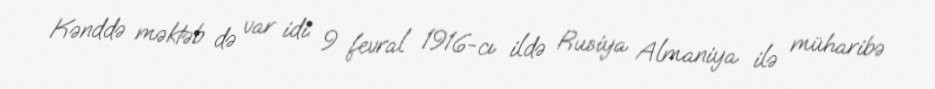
Kənddə məktəb də var idi. 9 fevral 1916-cı ildə Rusiya Almaniya ilə müharibə